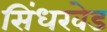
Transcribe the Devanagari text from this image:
सिंधखेड